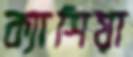
ক্যাশিয়া